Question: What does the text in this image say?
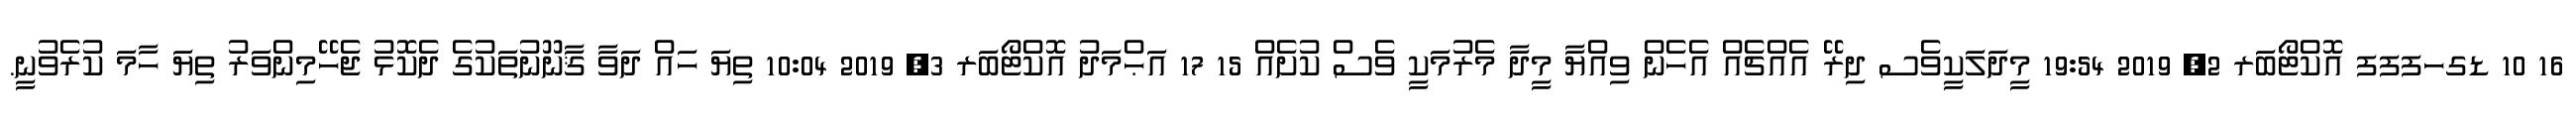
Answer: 16 10 ޑގހފފފ އޮކްޓޯބަރ 2, 2019 19:54 މީދަލަކީވެސ ދިރޭ އެއްޗެއް އެހެން ވިއްޔާ މީދާ މެރުމަކީ ވެސް ކުށެއް 15 17 އަޙްމަދު އޮކްޓޯބަރ 3, 2019 10:04 ތިޔަ ހައް ދަވާ ޤާނޫނުތަކުގެ ދެކޮޅު ޖެހޭމިންވަރު ތިޔަ ހާމަ ކުރެވުނީ.